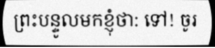
ព្រះបន្ទូលមកខ្ញុំថា: ទៅ! ចូរ